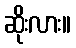
ဆိုးလား။